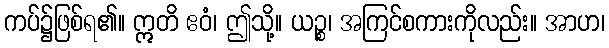
ကပ်၌ဖြစ်ရ၏။ ဣတိ ဧဝံ၊ ဤသို့။ ယဉ္စ၊ အကြင်စကားကိုလည်း။ အာဟ၊